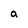
Character: a